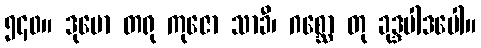
၅၄၀။ ဒုမော တရု ကုဇော သာခီ၊ ဂစ္ဆော တု ခုဒ္ဒပါဒပေါ။